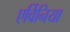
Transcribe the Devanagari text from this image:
एर्विनिया